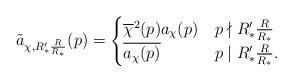
LaTeX: \begin{align*}\tilde{a}_{\chi, R_*'\frac{R}{R_*}}(p)= \begin{cases} \overline{\chi}^2(p) a_\chi(p) & p\nmid R_*'\frac{R}{R_*} \\\overline{a_{\chi}(p)} & p\mid R_*' \frac{R}{R_*}.\end{cases}\end{align*}